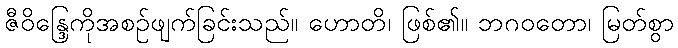
ဇီဝိန္ဒြေကိုအစဉ်ဖျက်ခြင်းသည်။ ဟောတိ၊ ဖြစ်၏။ ဘဂဝတော၊ မြတ်စွာ